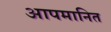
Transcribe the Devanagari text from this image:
आपमानित